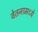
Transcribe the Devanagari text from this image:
वेतनामध्ये